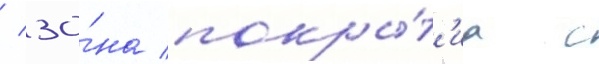
/ зо́на покры́т'иа с